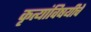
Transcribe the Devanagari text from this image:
कृत्यांविषयीचे